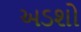
અડશો